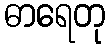
ဓာရေတု